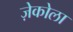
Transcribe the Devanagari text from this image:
ज़ेकोला